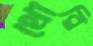
থোরি